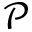
\mathscr { P }